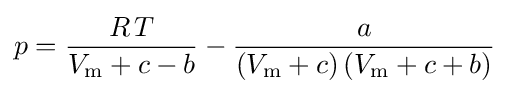
p={\frac {R\,T}{V_{\text{m}}+c-b}}-{\frac {a}{\left(V_{\text{m}}+c\right)\left(V_{\text{m}}+c+b\right)}}